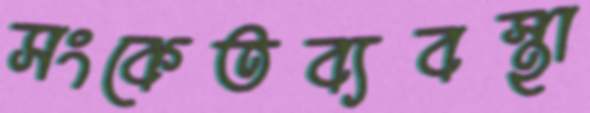
সংকেতব্যবস্থা